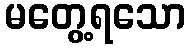
မတွေ့ရသော